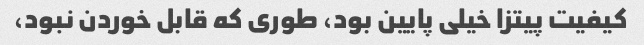
کیفیت پیتزا خیلی پایین بود، طوری که قابل خوردن نبود،